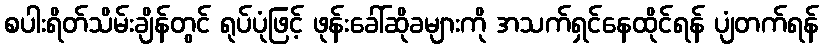
စပါးရိတ်သိမ်းချိန်တွင် ရုပ်ပုံဖြင့် ဖုန်းခေါ်ဆိုခများကို အသက်ရှင်နေထိုင်ရန် ပျံတက်ရန်